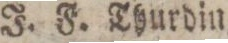
J. F. Thurdin,    Lars Bygdén,